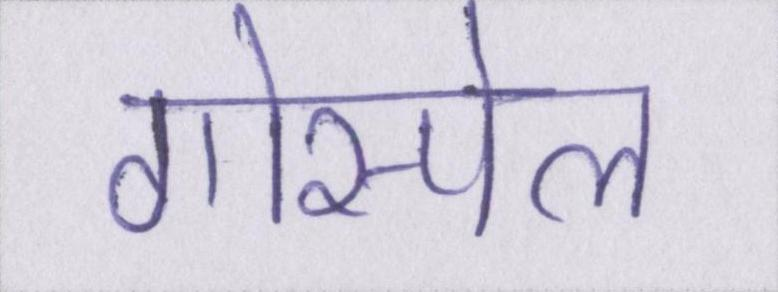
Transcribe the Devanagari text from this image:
गोस्पेल